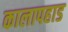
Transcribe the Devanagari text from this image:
कालापहाड